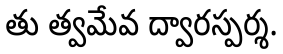
తు త్వమేవ ద్వారస్పర్శ.